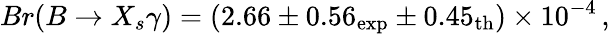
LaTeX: Br(B\to X_{s}\gamma)=(2.66\pm 0.56_{\mathrm{exp}}\pm 0.45_{\mathrm{th}})\times 10^{-4}\, ,